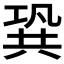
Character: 𠔣